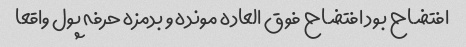
افتضاح بود افتضاح فوق العاده مونده و بدمزه حرفه پول واقعا